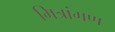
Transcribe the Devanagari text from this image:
मित्रांगण